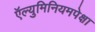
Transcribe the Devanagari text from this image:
ऍल्युमिनियमपेक्षा